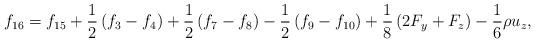
LaTeX: \begin{align*}{f_{16}} = {f_{15}} + \frac{1}{2}\left( {{f_3} - {f_4}} \right) + \frac{1}{2}\left( {{f_7} - {f_8}} \right) - \frac{1}{2}\left( {{f_9} - {f_{10}}} \right) + \frac{1}{8}\left( {2{F_y} + {F_z}} \right) - \frac{1}{6}\rho {u_z},\end{align*}